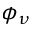
\phi _ { \nu }